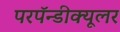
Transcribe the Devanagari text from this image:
परपॅन्डीक्यूलर